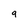
Character: g